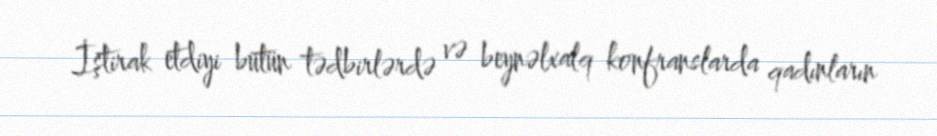
İştirak etdiyi bütün tədbirlərdə və beynəlxalq konfranslarda qadınların